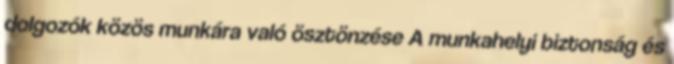
dolgozók közös munkára való ösztönzése A munkahelyi biztonság és